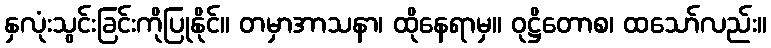
နှလုံးသွင်းခြင်းကိုပြုနိုင်။ တမှာအာသနာ၊ ထိုနေရာမှ။ ဝုဋ္ဌိတောစ၊ ထသော်လည်း။